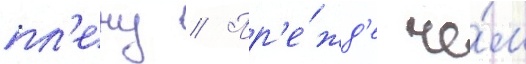
пл'ену // Пр'е́жд'е че́м